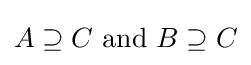
A\supseteq C{\text{ and }}B\supseteq C